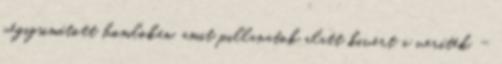
végigsimított homlokán, amit pillanatok alatt kivert a veríték. -